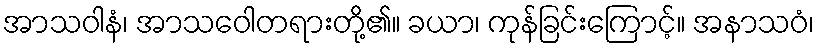
အာသဝါနံ၊ အာသဝေါတရားတို့၏။ ခယာ၊ ကုန်ခြင်းကြောင့်။ အနာသဝံ၊